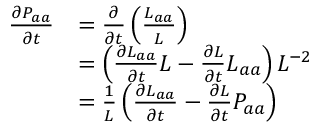
\begin{array} { r l } { \frac { \partial P _ { a a } } { \partial t } } & { = \frac { \partial } { \partial t } \left( \frac { L _ { a a } } { L } \right) } \\ & { = \left( \frac { \partial L _ { a a } } { \partial t } L - \frac { \partial L } { \partial t } L _ { a a } \right) L ^ { - 2 } } \\ & { = \frac { 1 } { L } \left( \frac { \partial L _ { a a } } { \partial t } - \frac { \partial L } { \partial t } P _ { a a } \right) } \end{array}